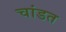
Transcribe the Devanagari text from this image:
चांडत